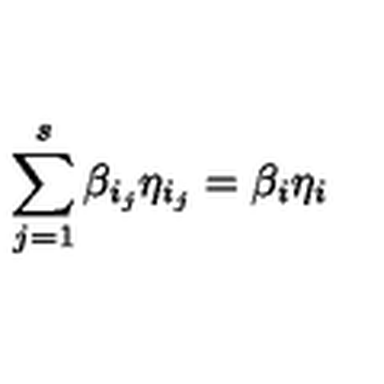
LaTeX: \sum _ { j = 1 } ^ { s } \beta _ { i _ { j } } \eta _ { i _ { j } } = \beta _ { i } \eta _ { i }